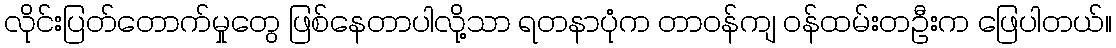
လိုင်းပြတ်တောက်မှုတွေ ဖြစ်နေတာပါလို့သာ ရတနာပုံက တာဝန်ကျ ဝန်ထမ်းတဦးက ဖြေပါတယ်။